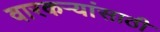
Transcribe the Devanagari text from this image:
वारकऱ्यांसाठी